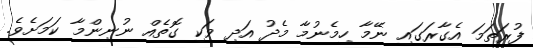
ފުރަތަމަ އެގާރަގައި ނޭމާ ހިމެނުމާ މެދު އަދި ވަކި ގޮތެއް ނުނިންމާ ކަމަށެވެ.